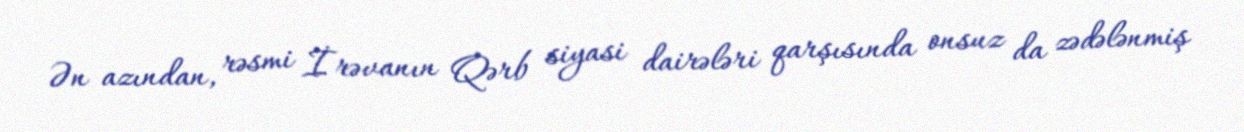
Ən azından, rəsmi İrəvanın Qərb siyasi dairələri qarşısında onsuz da zədələnmiş